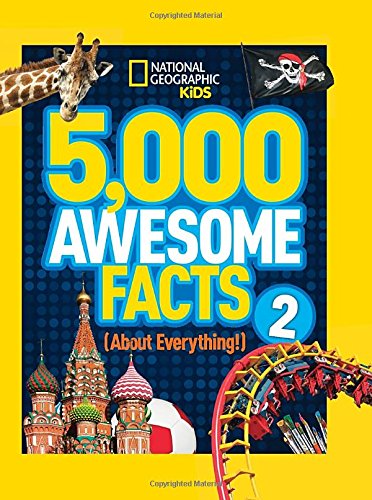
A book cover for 5,000 Awesome Facts (About Everything!) 2 (National Geographic Kids); National Geographic Kids; Children's Books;